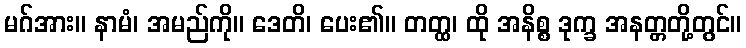
မဂ်အား။ နာမံ၊ အမည်ကို။ ဒေတိ၊ ပေး၏။ တတ္ထ၊ ထို အနိစ္စ ဒုက္ခ အနတ္တတို့တွင်။